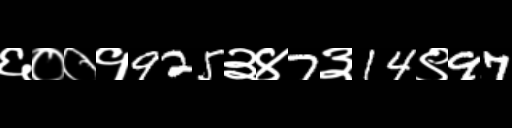
Text: ६००१925३४7३14९97